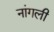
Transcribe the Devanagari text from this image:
नांगली